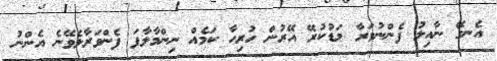
އެނގޭ ނާއިލު ފެންނުވަރާ މަޑުކުރޭ އޭރުން ހުރިހާ ކަމެއް ނިންމާލާފަ ފެންވަރާލެވޭނެ އެންނު